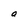
Character: a